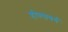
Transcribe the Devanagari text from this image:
होल्सवर्थ